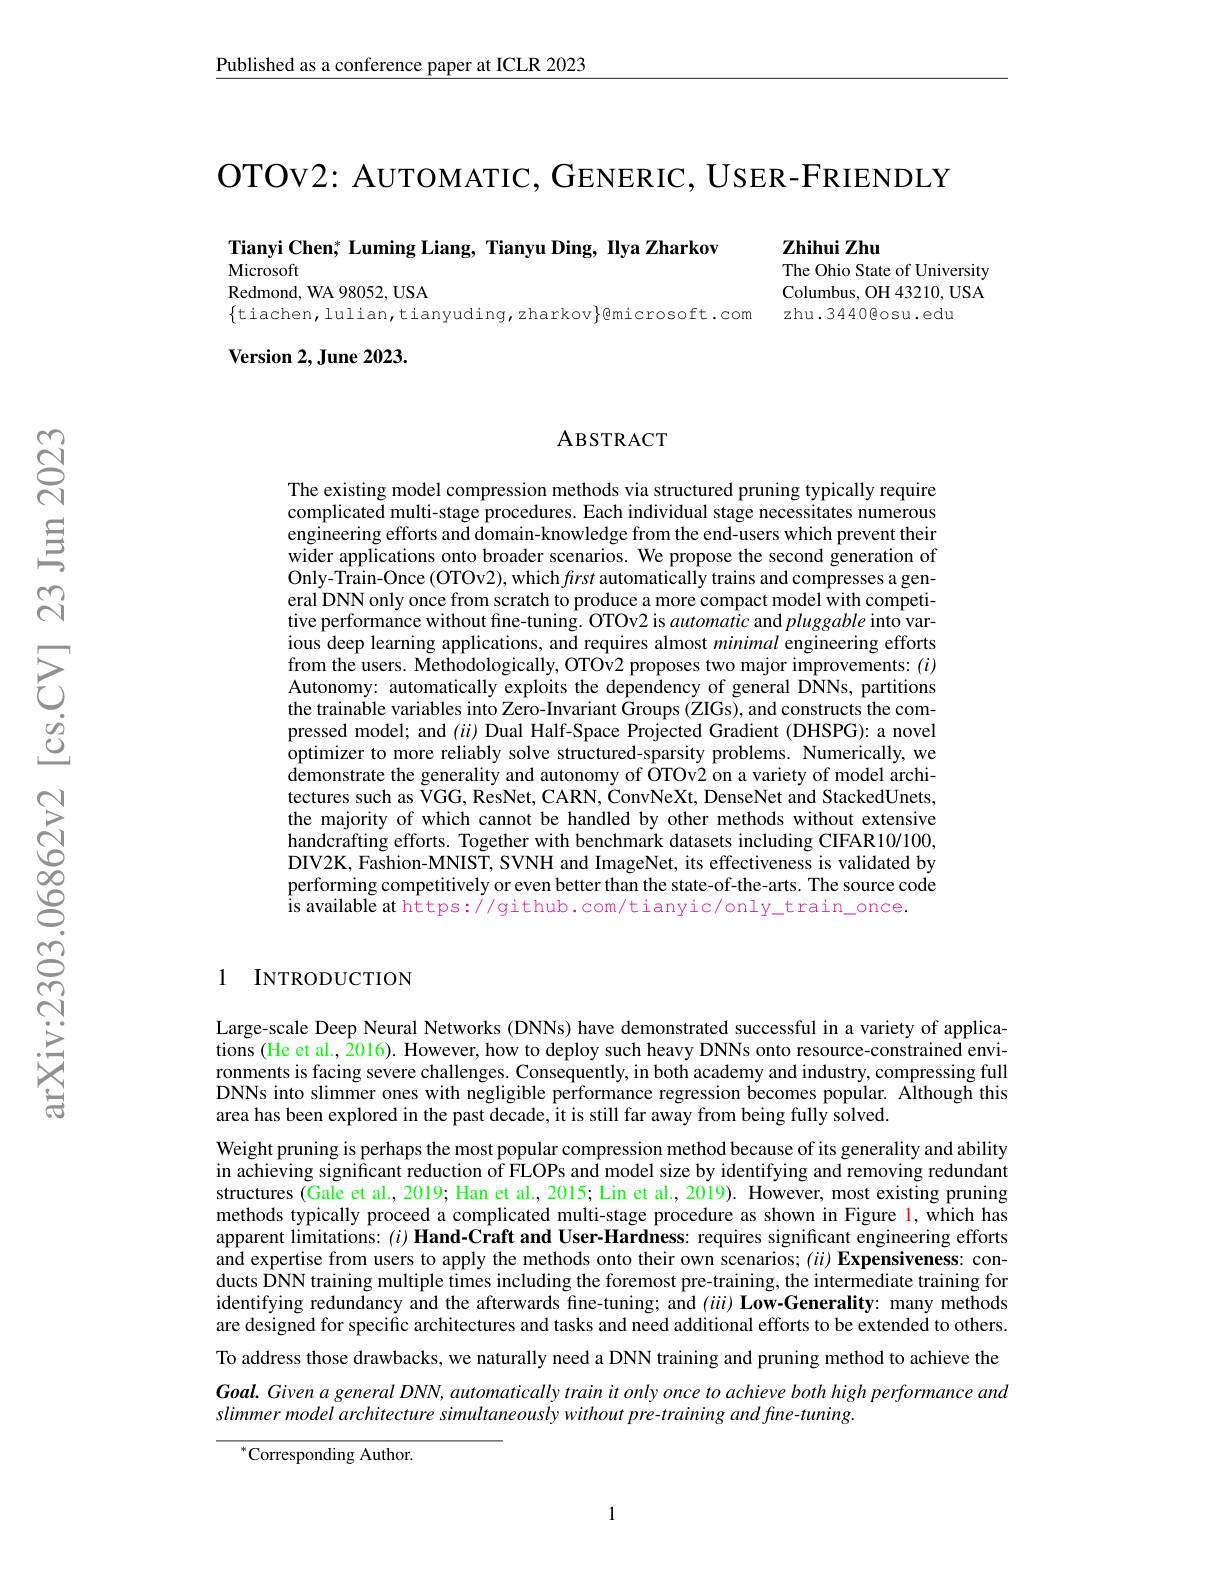
$\underline{\text{Published as a conference paper at ICLR 2023}}$

OTOv2: AUTOMATIC, GENERIC, USER-FRIENDLY

Tianyi Chen; Luming Liang, Tianyu Ding, Ilya Zharkov

Microsoft
Redmond, WA 98052, USA
$\{$tiachen,lulian,tianyuding,zharkov$\}$@microsoft.com

Version 2, June 2023.

Zhihui Zhu
The Ohio State of University Columbus, OH 43210, USA zhu.3440@osu.edu

### ABSTRACT

The existing model compression methods via structured pruning typically require complicated multi-stage procedures. Each individual stage necessitates numerous engineering efforts and domain-knowledge from the end-users which prevent their wider applications onto broader scenarios. We propose the second generation of Only-Trâin-Once (OTOv2), which first automatically trains and compresses a general DNN only once from scratch to produce a more compact model with competitive performance without fine-tuning. OTOv2 is automatic and pluggable into various deep learning applications, and requires almost minimal engineering efforts from the users. Methodologically, OTOv2 proposes two major improvements: (i) Autonomy: automatically exploits the dependency of general DNNs, partitions the trainable variables into Zero-Invariant Groups (ZIGs), and constructs the compressed model; and $(ii)$ Dual Half-Space Projected Gradient (DHSPG): a novel optimizer to more reliably solve structured-sparsity problems. Numerically, we $\hat{\text{demonstrate the generality and autonomy of OTOv2 on a variety of model archi-}}$ tectures such as VGG, ResNet, CARN, $\dot{\text{ConvNeXt,DenseNet and StackedUnets,}}$ the majority of which cannot be handled by other methods without extensive handcrafting efforts. Together with benchmark datasets including CIFAR10/100, DIV2K, Fashion-MNIST, SVNH and ImageNet, its effectiveness is validated by performing competitively or even better than the state-of-the-arts. The source code is available at https://github.com/tianyic/only\_train\_once.

1 INTRODUCTION

Large-scale Deep Neural Networks (DNNs) have demonstrated successful in a variety of applications (He et al., 2016). However, how to deploy such heavy DNNs onto resource-constrained environments is facing severe challenges. Consequently, in both academy and industry, compressing full DNNs into slimmer ones with negligible performance regression becomes popular. Although this area has been explored in the past decade, it is still far away from being fully solved.
Weight pruning is perhaps the most popular compression method because of its generality and ability in achieving significant reduction of FLOPs and model size by identifying and removing redundant structures (Gale et al., 2019; Han et al., 2015; Lin et al., 2019). However, most existing pruning methods typically proceed a complicated multi-stage procedure as shown in Figure 1, which has apparent limitations: $(i)$ Hand-Craft and User-Hardness: requires significant engineering efforts and expertise from users to apply the methods onto their own scenarios; $( ii) \textbf{Expensiveness: con- }$ ducts DNN training multiple times including the foremost pre-training, the intermediate training for identifying redundancy and the afterwards fine-tuning; and ($iii) \textbf{Low- Generality: many methods}$ are designed for specific architectures and tasks and need additional efforts to be extended to others. To address those drawbacks, we naturally need a DNN training and pruning method to achieve the Goal. Given a general DNN, automatically train it only once to achieve both high performance and slimmer model architecture simultaneously without pre-training and fine-tuning.

${}^{*}$Corresponding Author.

1